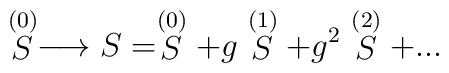
\stackrel{(0)}{S}\longrightarrow S = \stackrel{(0)}{S} +g \stackrel{(1)}{S} +g^2 \stackrel{(2)}{S} + ...